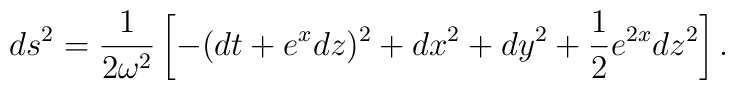
ds^2 = \frac1{2\omega^2} \left[ -(dt + e^x dz)^2 + dx^2 + dy^2 +\frac12 e^{2x} dz^2 \right].